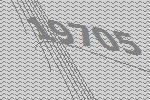
19705